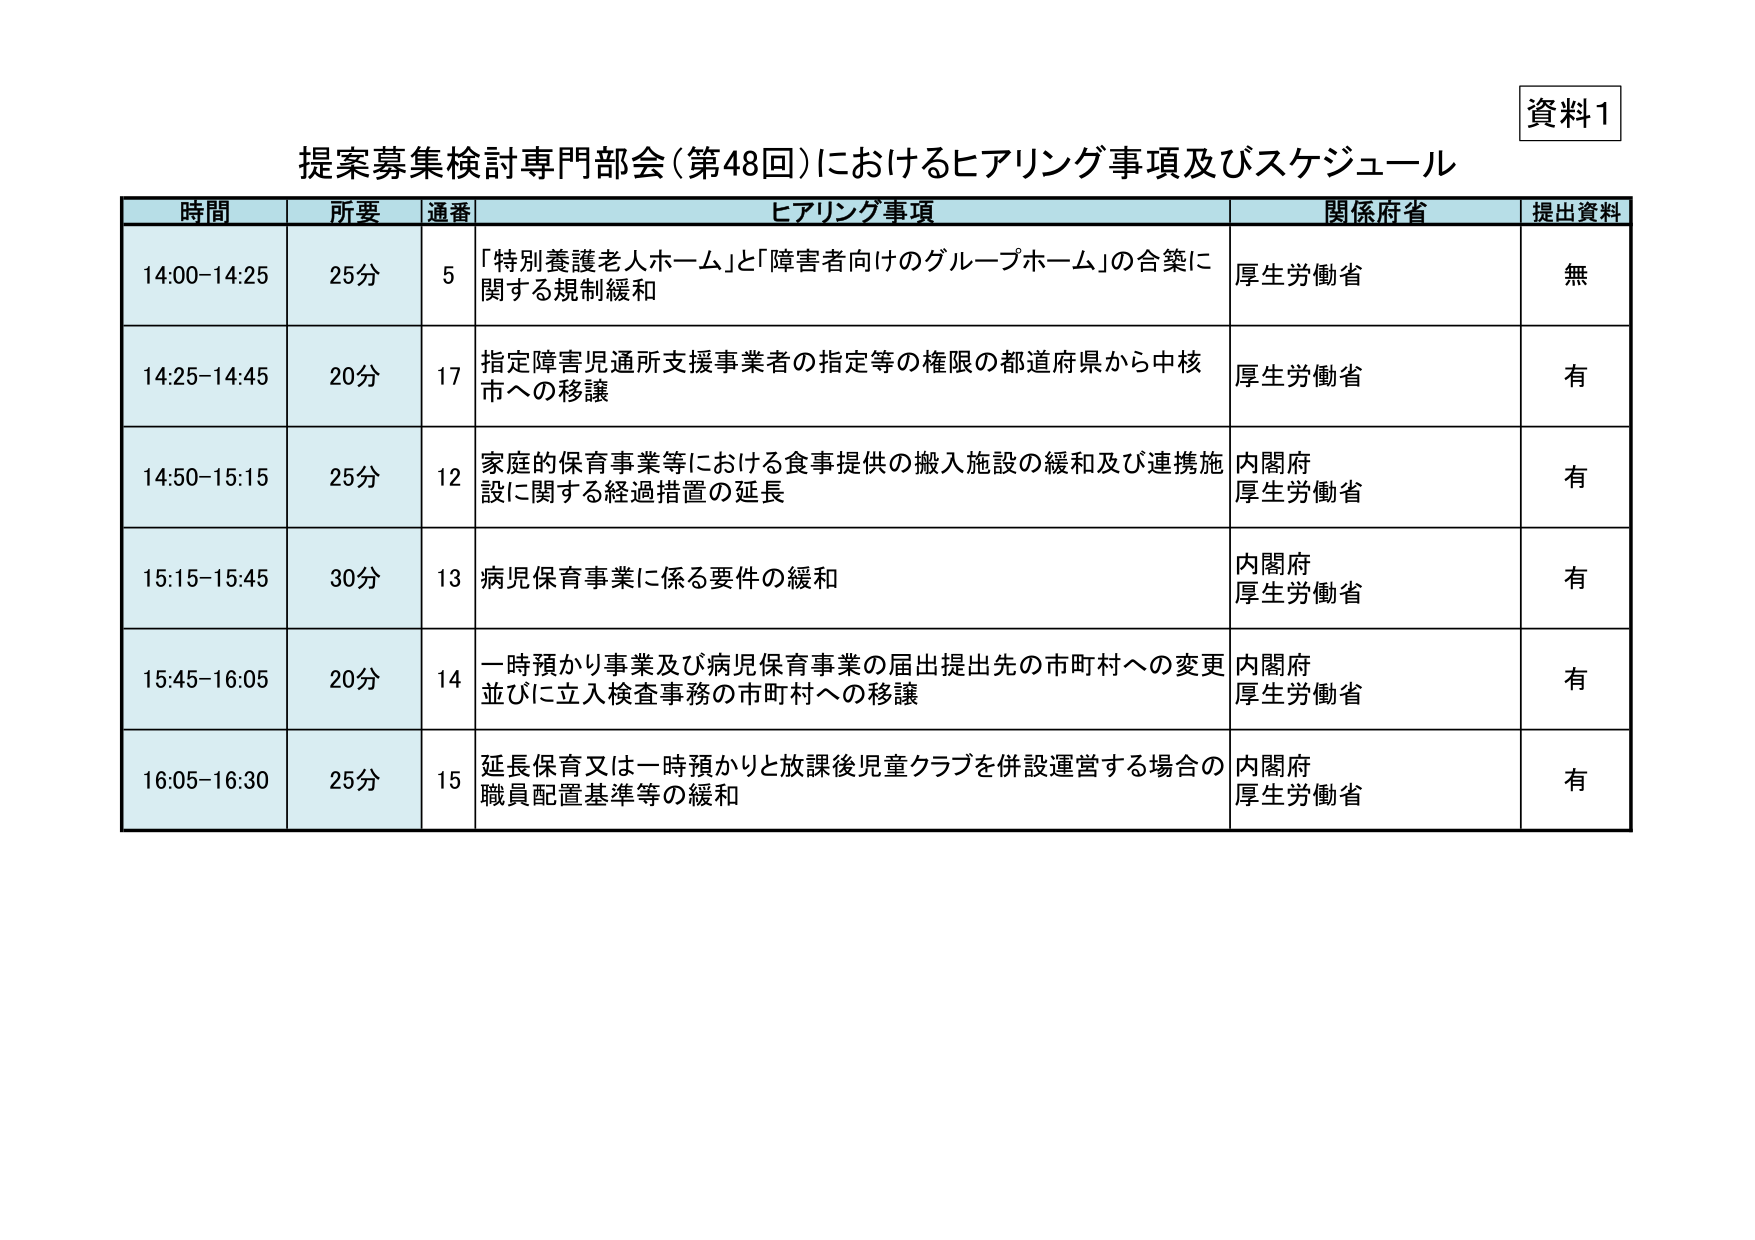
資料1
提案募集検討専門部会（第48回）におけるヒアリング事項及びスケジュール

時間　　所要　　通番　　ヒアリング事項　　関係府省　　提出資料
14:00-14:25　25分　　5　　「特別養護老人ホーム」と「障害者向けのグループホーム」の合築に関する規制緩和　　厚生労働省　　無
14:25-14:45　20分　　17　　指定障害児通所支援事業者の指定等の権限の都道府県から中核市への移譲　　厚生労働省　　有
14:50-15:15　25分　　12　　家庭的保育事業等における食事提供の搬入施設の緩和及び連携施設に関する経過措置の延長　　内閣府　厚生労働省　　有
15:15-15:45　30分　　13　　病児保育事業に係る要件の緩和　　内閣府　厚生労働省　　有
15:45-16:05　20分　　14　　一時預かり事業及び病児保育事業の届出提出先の市町村への変更並びに立入検査事務の市町村への移譲　　内閣府　厚生労働省　　有
16:05-16:30　25分　　15　　延長保育又は一時預かりと放課後児童クラブを併設運営する場合の職員配置基準等の緩和　　内閣府　厚生労働省　　有